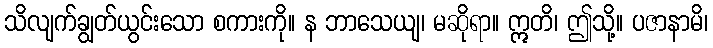
သိလျက်ချွတ်ယွင်းသော စကားကို။ န ဘာသေယျ၊ မဆိုရာ။ ဣတိ၊ ဤသို့။ ပဇာနာမိ၊